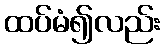
ထပ်မံ၍လည်း